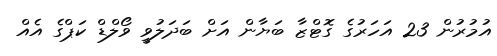
އުމުރުން 23 އަހަރުގެ ގޮޓްޒާ ބަޔާން އަށް ބަދަލުވީ ވޯލްޑް ކަޕްގެ އެއް